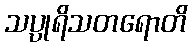
သပ္ပုရိသတရောတိ